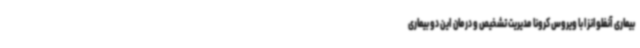
بیماری آنفلوانزا با ویروس کرونا مدیریت تشخیص و درمان این دو بیماری